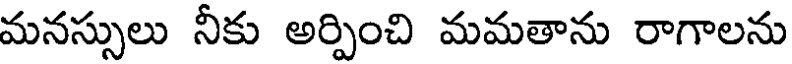
మనస్సులు నీకు అర్పించి మమతాను రాగాలను